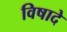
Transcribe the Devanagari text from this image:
विषादे